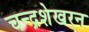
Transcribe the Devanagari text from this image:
चन्‍द्रशेखरन